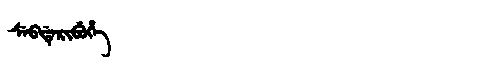
Manchu: ᠰᡝᠪᡩᡝᡵᡳᠪᡠᡥᡝ
Romanization: SEBDERIBUHE